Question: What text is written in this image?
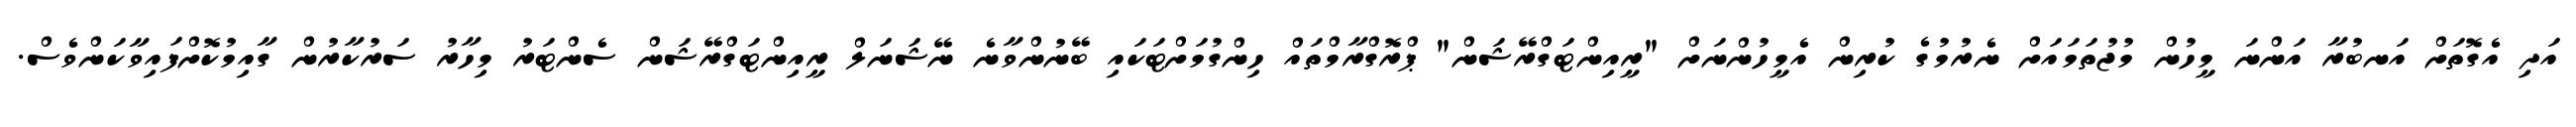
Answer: އަދި އެގޮތަށް އަނބުރާ އަންނަ މީހުން މުޖުތަމައަށް ނެރުމުގެ ކުރިން އެމީހުންނަށް "ރީއިންޓަގްރޭޝަން" ޕްރޮގްރާމްތައް ހިންގުމަށްޓަކައި ބޭނުންވާނެ ނޭޝަނަލް ރީއިންޓަގްރޭޝަން ސެންޓަރު މިހާރު ސަރުކާރުން ގާއިމުކޮށްފައިވާކަންވެސް.